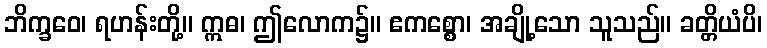
ဘိက္ခဝေ၊ ရဟန်းတို့။ ဣဓ၊ ဤလောက၌။ ဧကစ္စော၊ အချို့သော သူသည်။ ခတ္တိယံပိ၊